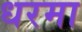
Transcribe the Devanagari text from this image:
धरमा